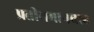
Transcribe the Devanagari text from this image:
प्रतीयमानवाद